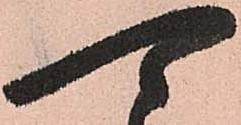
可